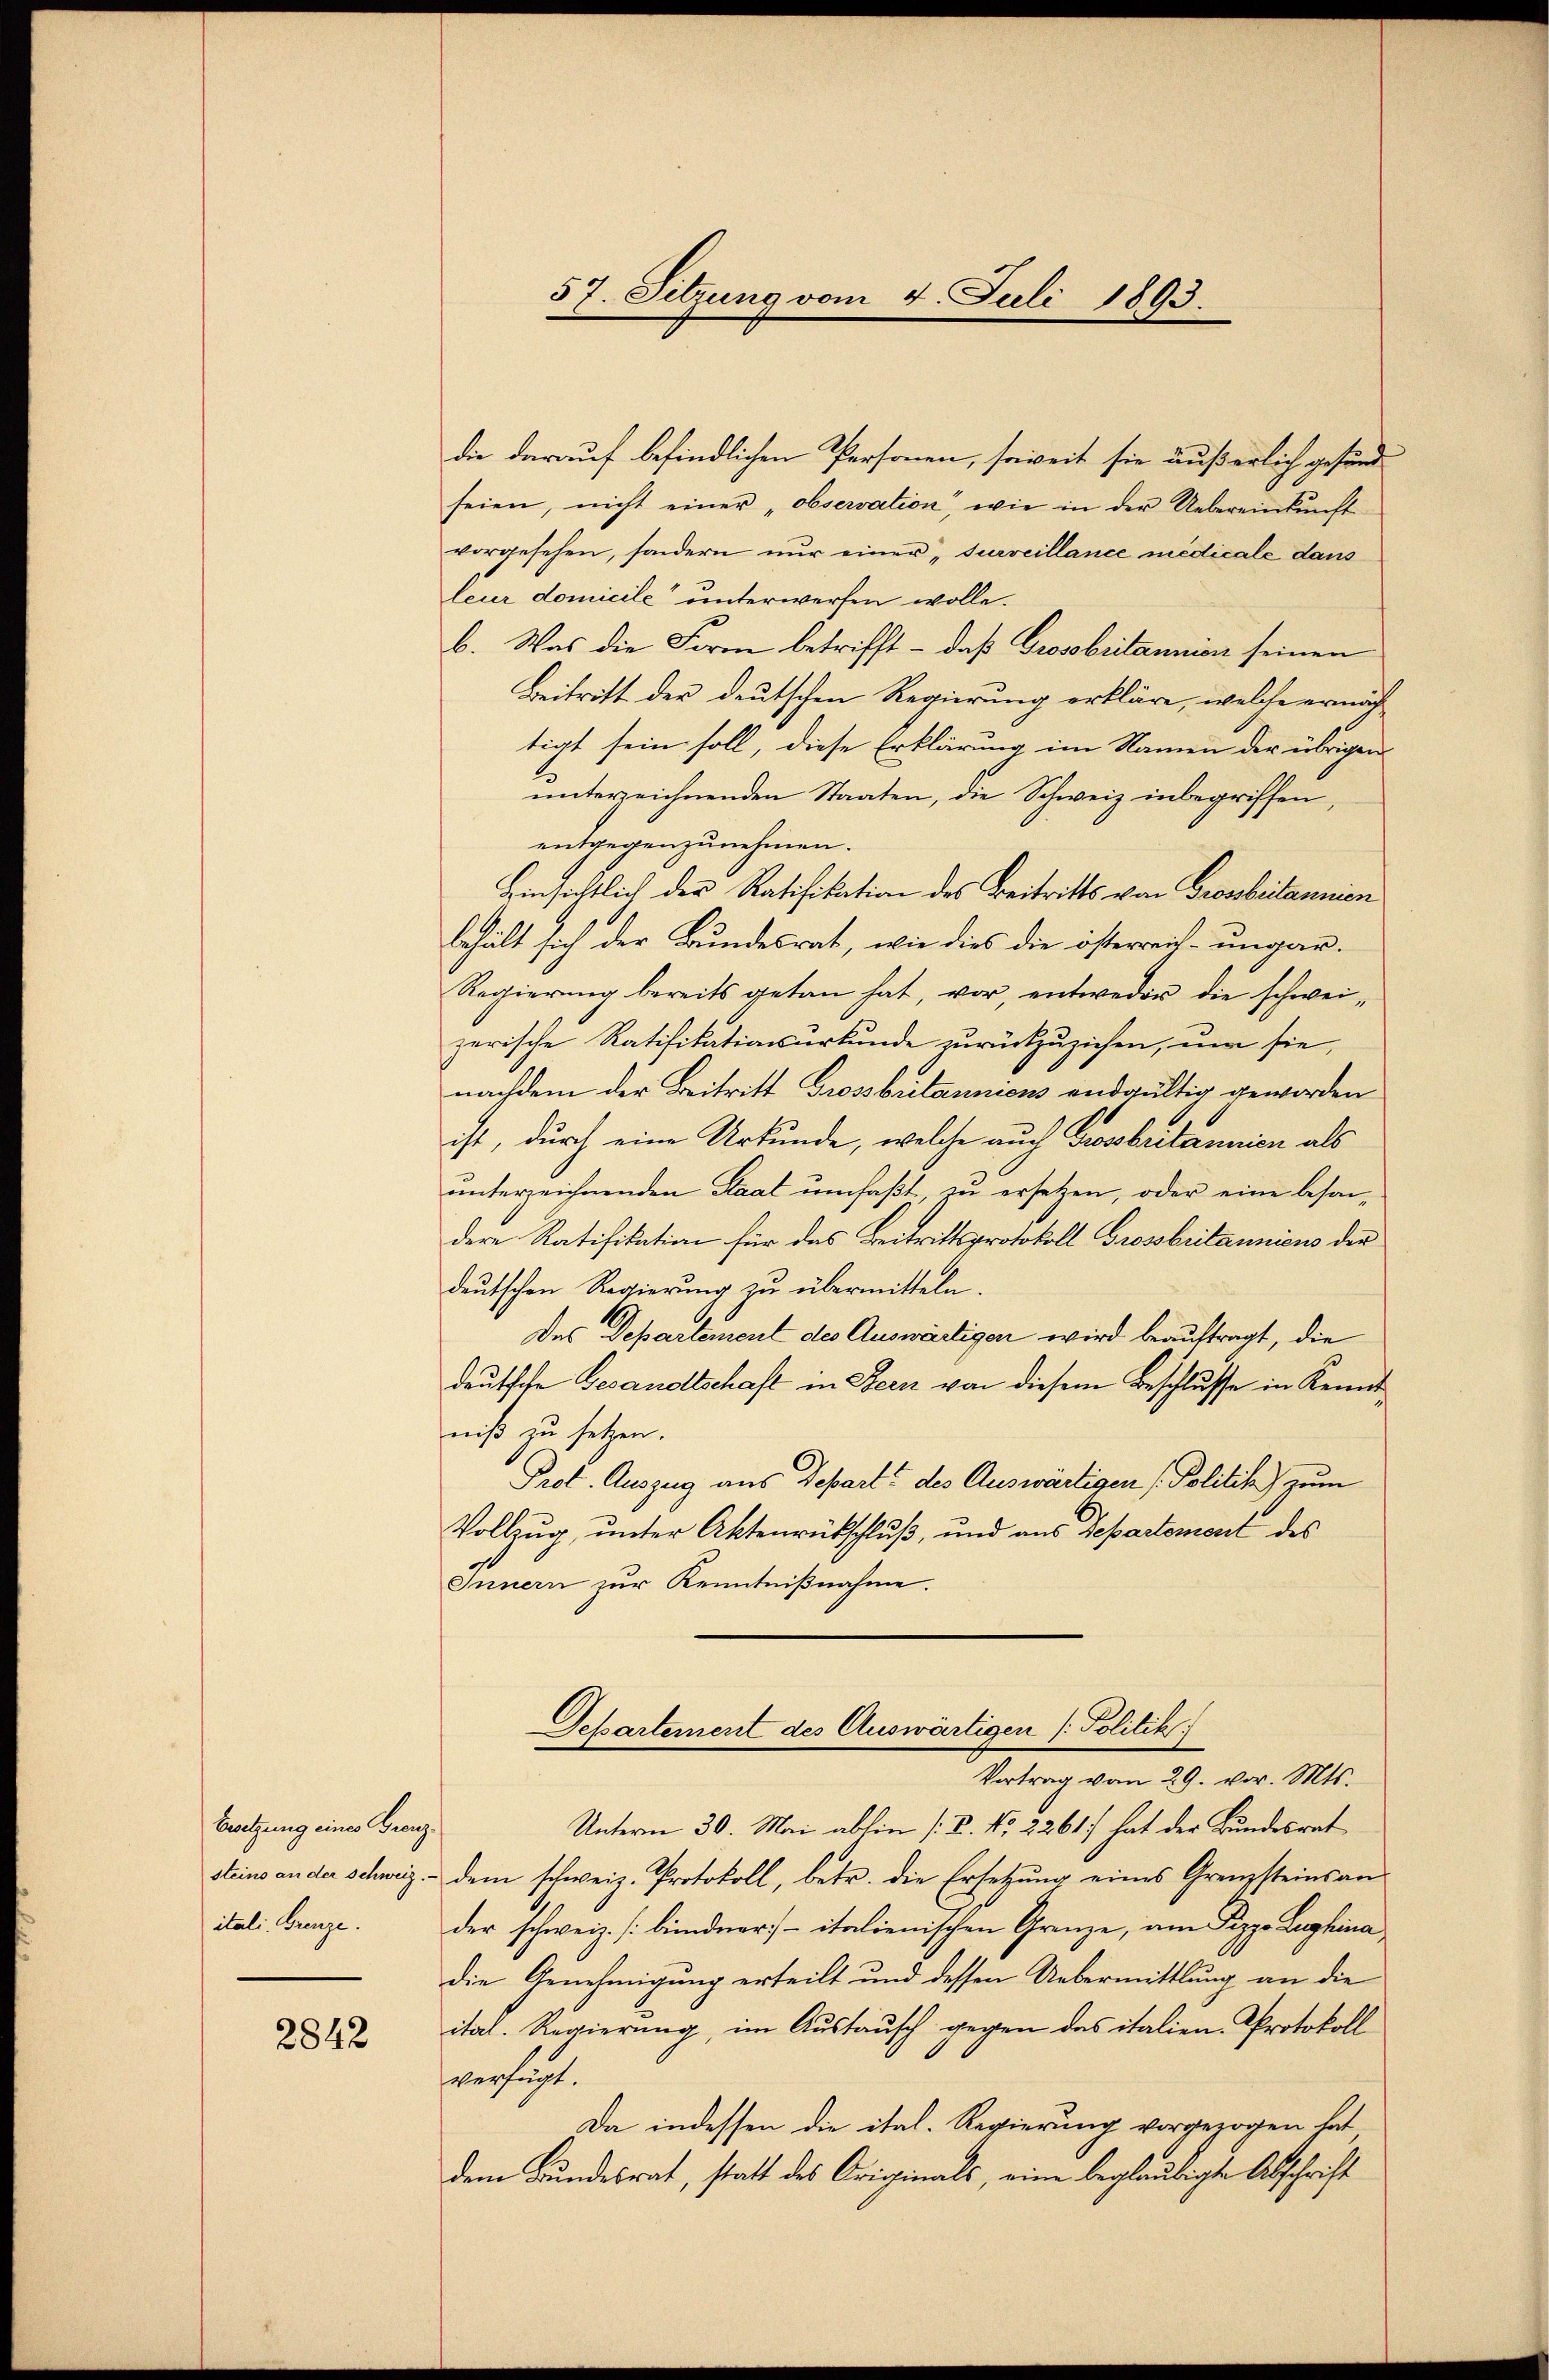
Besetzung eines Grenzsteine an der Schweiz.
itali. Grenze.

2842

die darauf befindlichen Personen, soweit sie äußerlich gesund
seien, nicht einer „observation, wie in der Uebereinkunft
vorgesehen, sondern nur einer „surveillance medicale dans
leur domicile“ unterwerfen wolle.
b. Was die Form betrifft – daß Grossbritannien seinen
Beitritt der deutschen Regierung erkläre, welche ernächtigt sein soll, diese Erklärung im Namen der übrigen
ŭnterzeichnenden Staaten, die Schweiz inbegriffen,
entgegenzunehmen.
Hinsichtlich der Ratifikation des Beitritts von Grosbritannen
behält sich der Bundesrat, wie dies die österreis- ungar¬
Regierung bereits getan hat, vor, entweder die schweizerische Ratifikationsurkunde zurückzuziehen, um sie
nachdem der Beitritt Grossbritanniens endgültig geworden
ist, durch eine Urkunde, welche auch Grossbritannien als
unterzeichnenden Staat umfaßt, zu ersetzen, oder eine besondere Ratifikation für das Beitrittsprotokoll Grossbritanniens der
deutschen Regierung zu übermitteln
Das Departement des Auswärtigen wird beauftragt, die
deutsche Gesandtschaft in Bern von diesem Beschlusse in Kennt
niß zu setzen.
Prof. Auszug aus Depart des Auswärtigen Politik) zum
Vollzug, unter Aktenrückschluß, und aus Departement des
Innern zur Kenntnißnahme.

57. Sitzung vom 4. Juli 1893.

Departement des Auswärtigen /: Politik
Vortrag vom 29. vor. Mts.

Unterm 30. Mai abhin [V. No. 2261 hat der Bundesrat
dem schweiz. Protokoll, betr. die Ersetzŭng eines Grenzsteinsan
der schweiz. [bündner) - italienischen Grenze, am Pizze Laghina
die Genehmigung erteilt und dessen Uebermittlung an die
ital. Regierung, im Austausch gegen das italien-Protokoll
verfügt.
Da indessen die ital. Regierung vorgezogen hat,
dem Bundesrat, statt des Originals, eine beglaubigte Abschrift